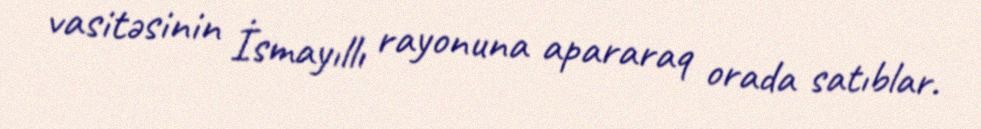
vasitəsinin İsmayıllı rayonuna apararaq orada satıblar.